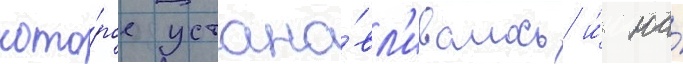
кото́рое устана́вл'ивалось и́ на́